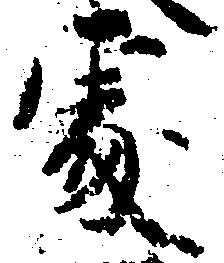
処